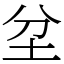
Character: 坌